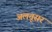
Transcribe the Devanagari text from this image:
अलतूसर